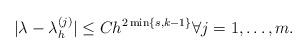
LaTeX: \begin{align*}|\lambda - \lambda_h^{(j)}|\leq Ch^{2\min\{s,k-1 \}}\forall j=1,\ldots,m.\end{align*}